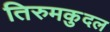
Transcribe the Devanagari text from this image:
तिरुमकुदल